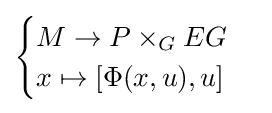
{\begin{cases}M\to P\times _{G}EG\\x\mapsto \lbrack \Phi (x,u),u\rbrack \end{cases}}